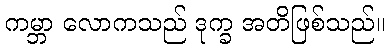
ကမ္ဘာ လောကသည် ဒုက္ခ အတိဖြစ်သည်။